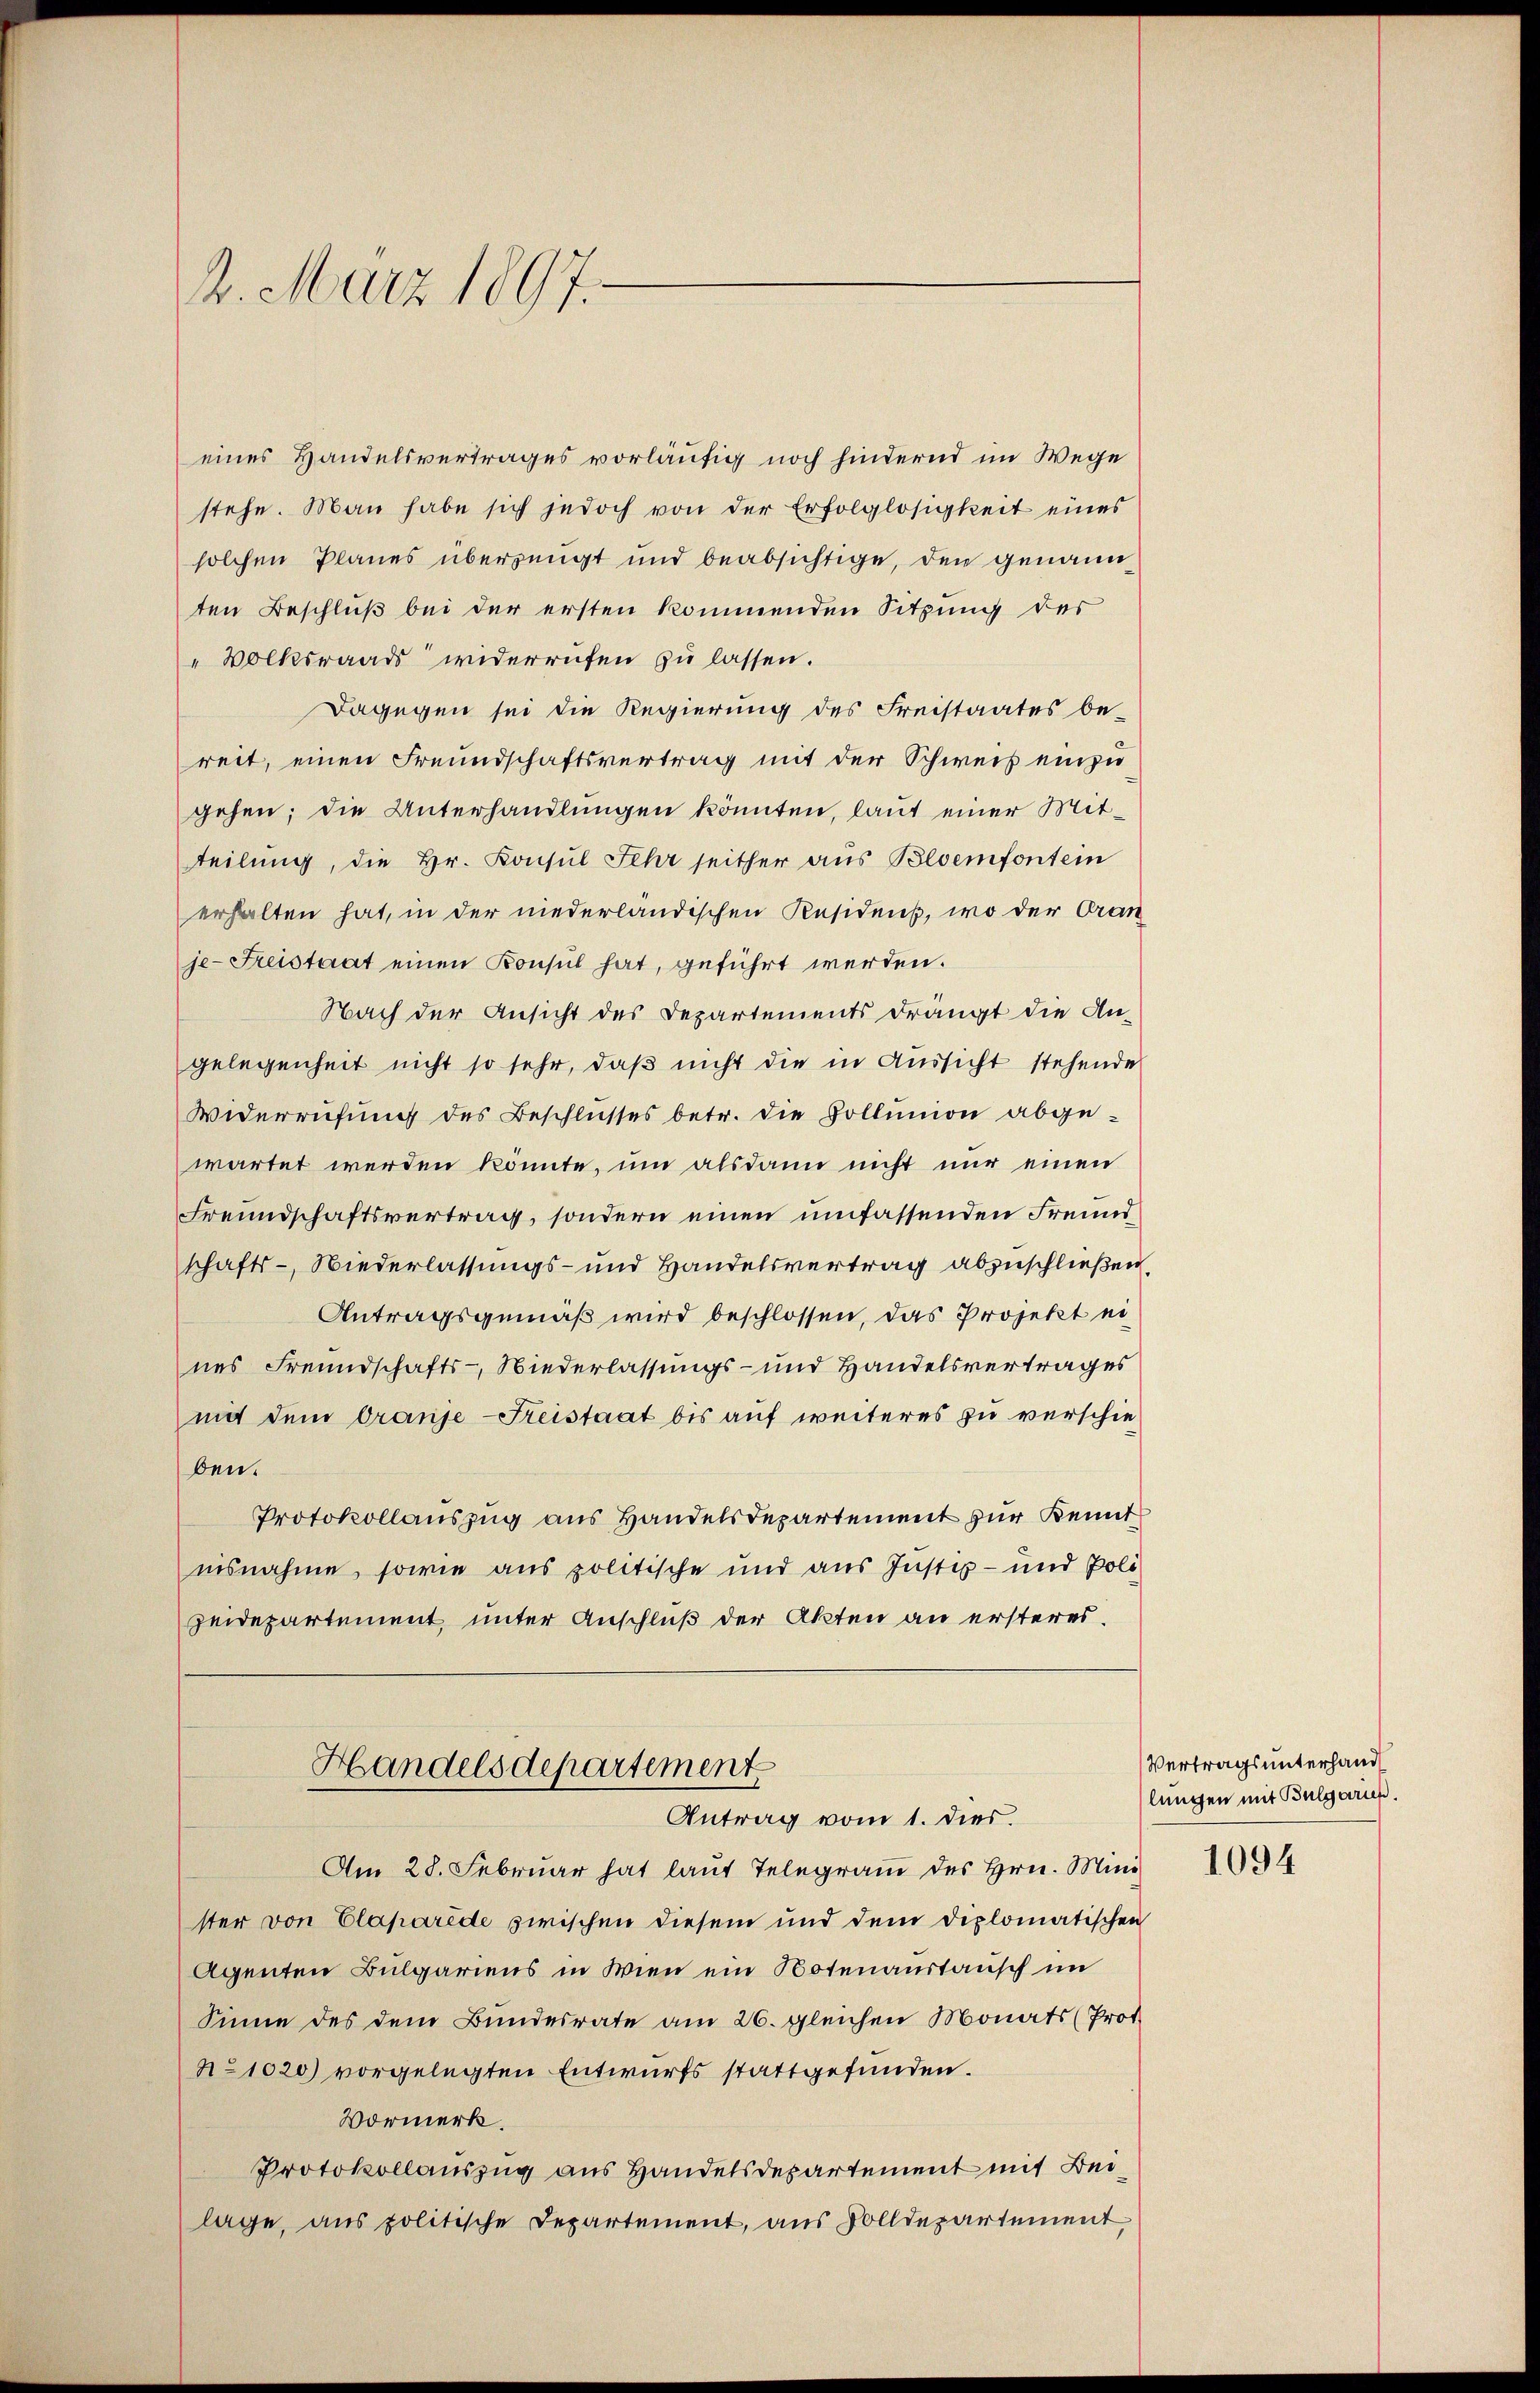
. März 1897.

eines Handelsvertrages vorläufig noch hindernd im Wege
stehe. Man habe sich jedoch von der Erfolglosigkeit eines
solchen Planes überzeugt und beabsichtige, den genann
ten Beschluß bei der ersten kommenden Sitzung der
"Volksraads widerrufen zu lassen.
Dagegen sei die Regierung des Freistaates be-
reit, einen Freundschaftsvertrag mit der Schweis einzugehen; die Unterhandlungen könnten, laut einer Mitteilung, die Hr. Konsul Sehr seither aus Bloemfont ein
erhalten hat, in der niederländischen Residens, wo der Oran
je-Freistaat einen Konsul hat, geführt werden.
Nach der Ansicht des Departements drängt die An-
gelegenheit nicht so sehr, daβ nicht die in Aussicht stehende
Widerrufung des Beschlusses betr. die Hollunion abgewartet werden könnte, um alsdann nicht nur einen
Freundschaftsvertrag, sondern einen umfassenden Freundschafts- Niederlassungs- und Handelsvertrag abzuschließen
Antragsgemäß wird beschlossen, das Projekt eines Freundschafts- Niederlassungs- und Handelsvertrages
mit dem Oranje Freistaat bis auf weiteres zu verschie
ben.
Protokollauszug aus Handelsdepartement zur Kennt
insnahme, sowie aus politische und aus Justiz- und Poli-
zeidepartement, unter Anschluß der Akten an ersteres.
Handelsdepartement
Antrag vom 1. dies.
Am 28. Februar hat laŭt Telegram des Hrn. Minis 20. 4
ster von Claparede zwischen diesem und dem diplomatischen
Agenten Bulgariens in Wien ein Botenaustausch im
Sinne des dem Bundesrate am 26. gleichen Monats (Prot.
No 1020) vorgelegten Entwurfs stattgefunden.
Vormerk.
Protokollauszug aus Handelsdepartement mit Beilage, aus politische Departement, aus Dolldepartement

Vertragsunterhand
lungen mit Bulgaris.